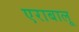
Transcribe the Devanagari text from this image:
एराबालू